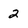
Character: 2